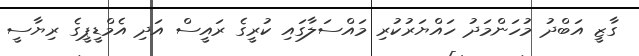
ގާޒީ އަބްދު މުހަންމަދު ހައްޔަރުކުރި މައްސަލާގައި ކުރީގެ ރައީސް އަދި އެމްޑީޕީގެ ރިޔާސީ